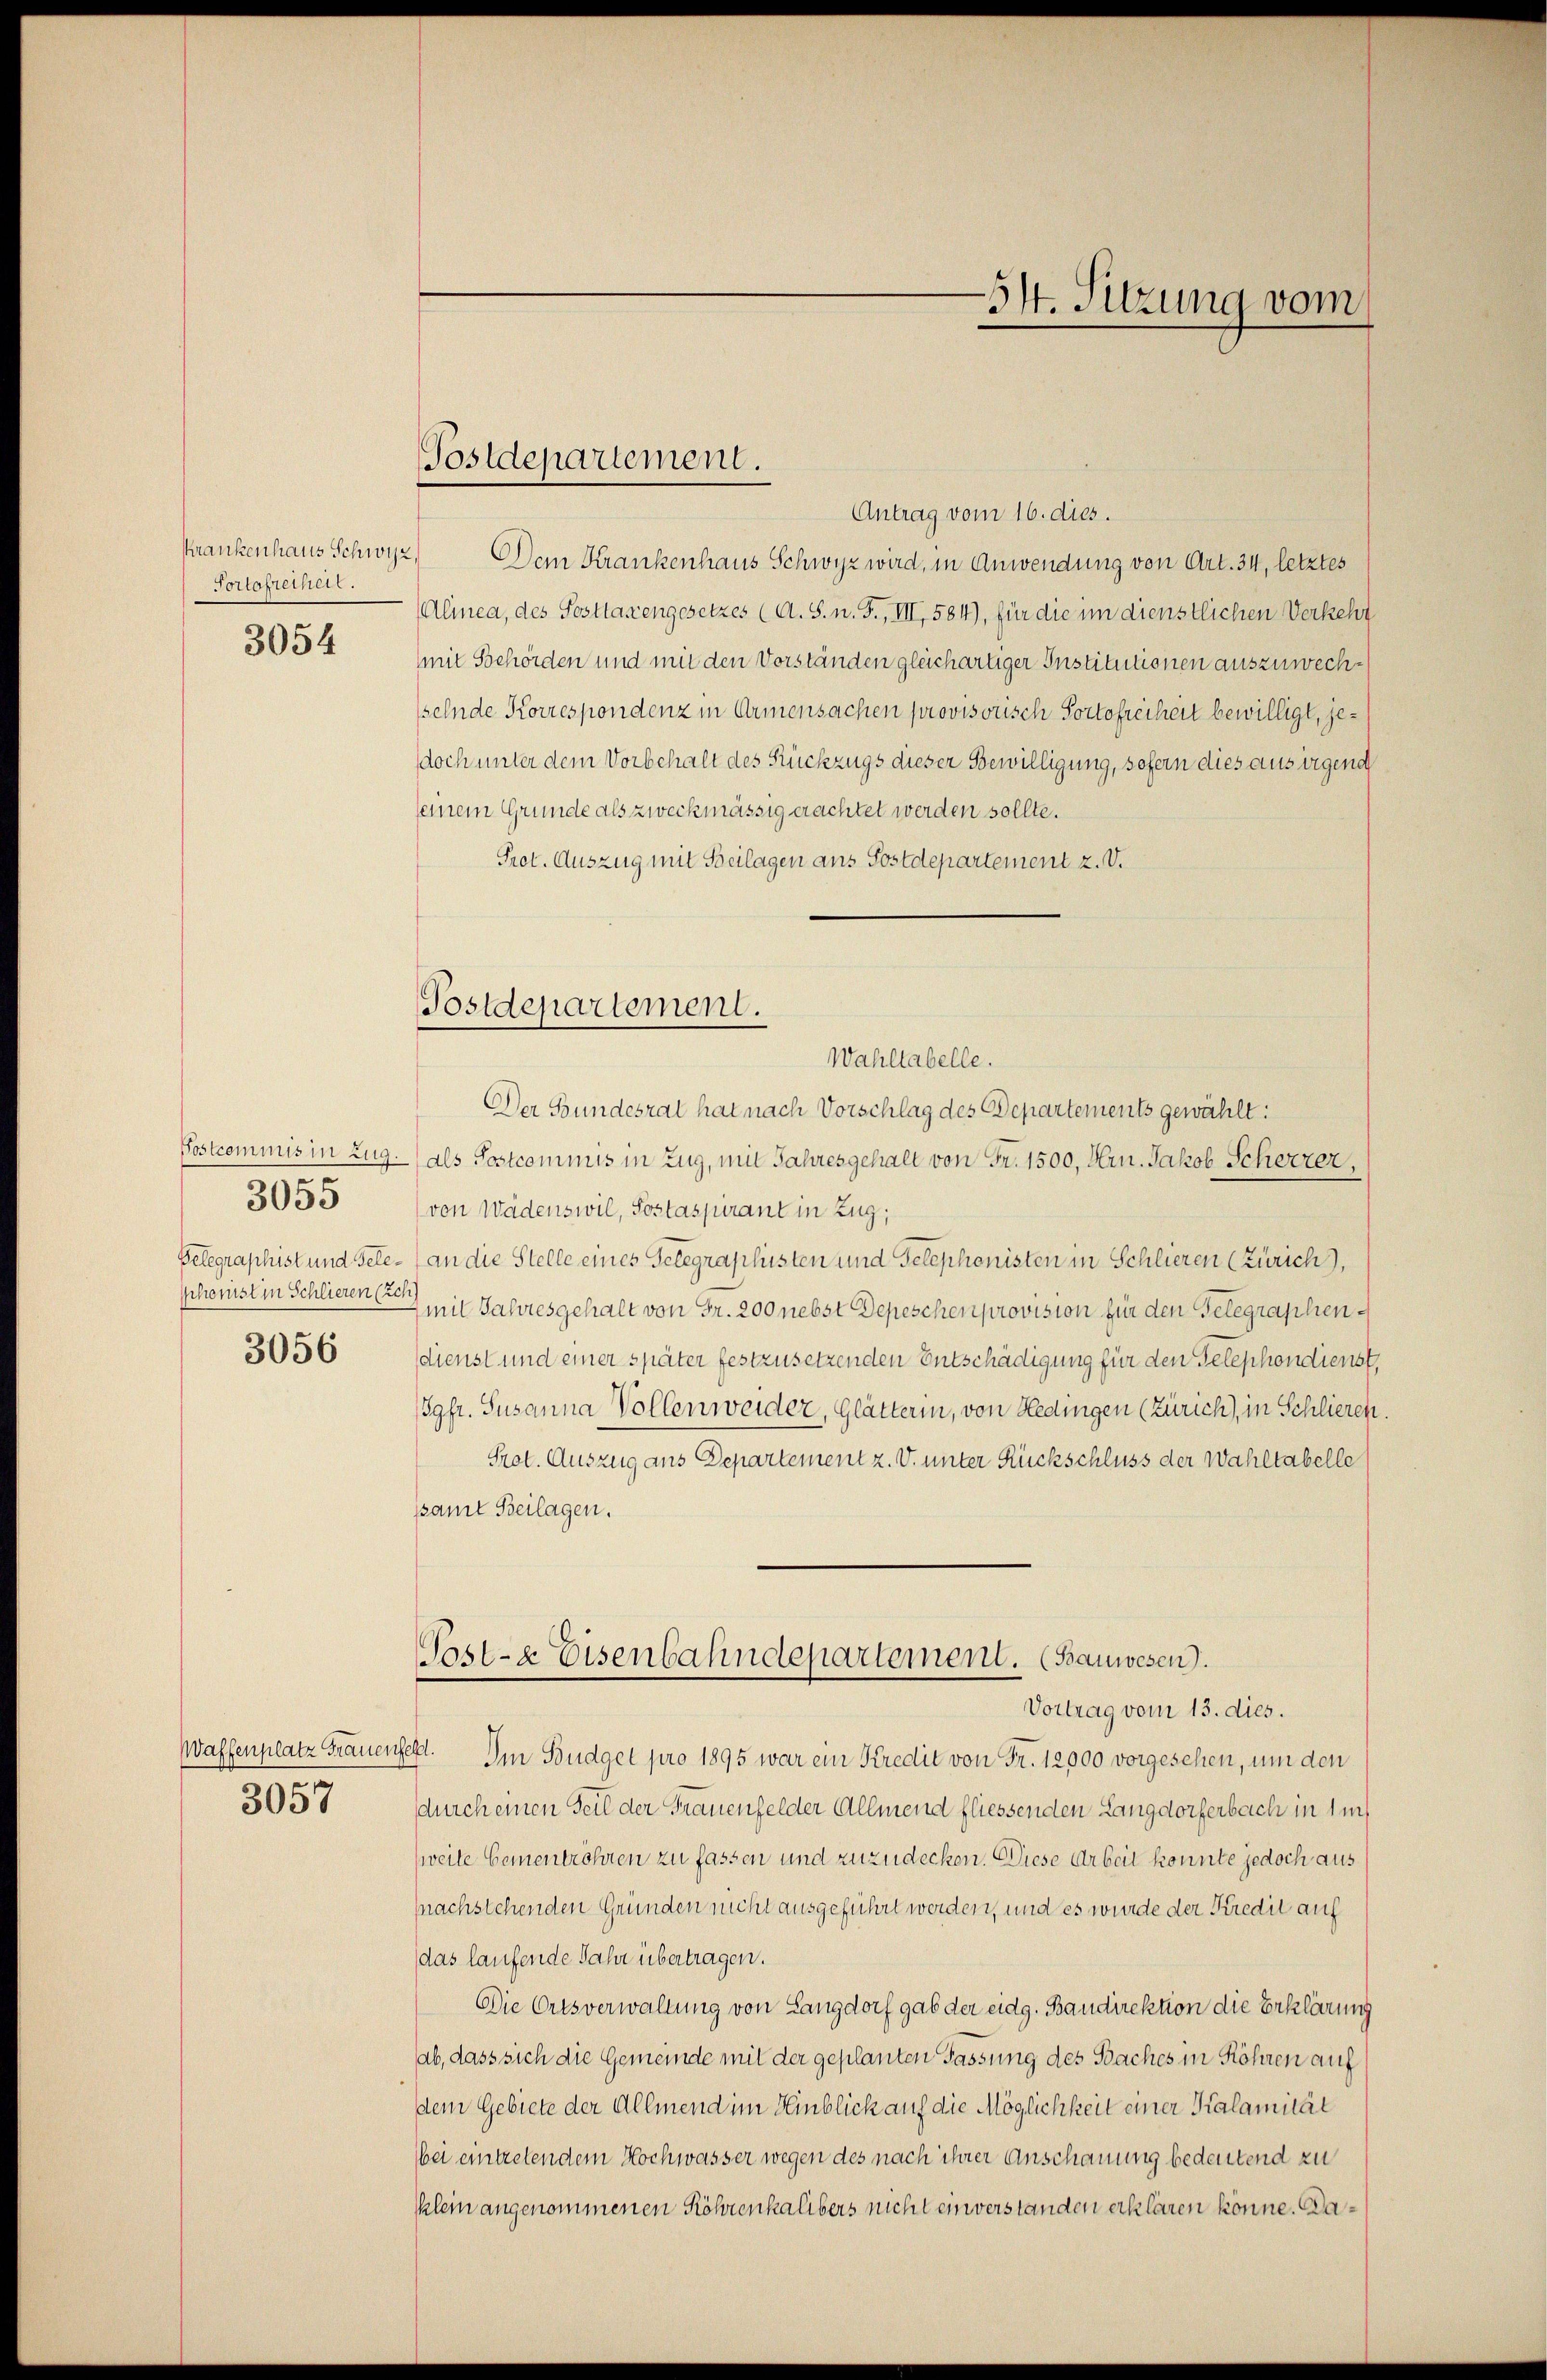
Portaretheil.

3054

Postcommis in Zug.
Telegraphist und Geleschonist in Schlieren (Zeh

3055

3056

3057

Postdepartement.

Postdepartement.
Wahltabelle.

Krankenhaus Schwyz, Dem Krankenhaus Schwyz wird, in Anwendung von Art. 34, letztes
Alinea, des Sosttaxengesetzes (A. S. n. F., III, 584), für die im dienstlichen Verkehr
mit Behörden und mit den Vorständen gleichartiger Institutionen auszuwechselnde Korrespondenz in Armensachen provisorisch Portofreiheit bewilligt, jedoch unter dem Vorbehalt des Rückzugs dieser Bewilligung, sofern dies aus irgend
seinem Grunde als zweckmässig erachtet werden sollte.
Prot. Auszug mit Beilagen ans Postdepartement z. V.
Der Bundesrat hat nach Vorschlag des Departements gewählt:
(als Postcommis in Zug, mit Jahresgehalt von Fr. 1500, Hrn. Jakob Scherzer,
von Wädenswil, Sostaspirant in Zug,
an die Stelle eines Gelegraphisten und Telephonisten in Schlieren (Zürich),
Emil Jahresgehalt von Fr. 200 nebst Depeschen provision für den Gelegraphendienst und einer später festzusetzenden Entschädigung für den Telephondienst,
gfr. Susanna Vollenweider, Glätterin, von Hedingen (Zürich, in Schlierch
Prot. Auszug aus Departement z. V. unter Rückschluss der Wahltabelle
samt Beilagen.

514. Sitzung vom

Antrag vom 16. dies.

Post- & Eisenbahndepartement. (Bauwesen).

Vortrag vom 13. dies.
Waffenplatz Frauenfest. Im Budget pro 1895 war ein Kredit von Fr. 12,000 vorgesehen, um den
durch einen Teil der Frauenfelder Allmend fliessenden Langdorferbach in 1m
weite Gementröhren zu fassen und zuzudecken. Diese Arbeit konnte jedoch aus
fnachstehenden Gründen nicht ausgeführt werden, und es wurde der Kredit auf
das laufende Jahr übertragen.
Die Ortsverwaltung von Langdorf gab der eidg. Bandirektion die Erklärung
ab, dass sich die Gemeinde mit der geplanten Fassung des Baches in Röhren auf
dem Gebiete der Allmend im Hinblick auf die Möglichkeit einer Kalamität
bei eintretendem Hochwasser wegen des nach ihrer Anschauung bedeutend zu
klein angenommenen Röhrenkalibers nicht einverstanden erklären könne. Da¬